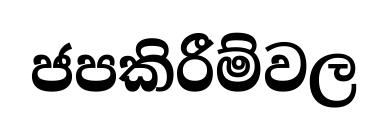
ජපකිරීම්වල